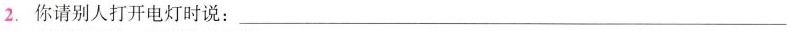
2.你请别人打开电灯时说：___